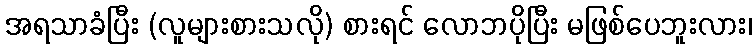
အရသာခံပြီး (လူများစားသလို) စားရင် လောဘပိုပြီး မဖြစ်ပေဘူးလား၊